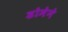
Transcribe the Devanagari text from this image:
डोमेने